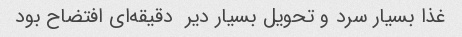
غذا بسیار سرد و تحویل بسیار دیر  دقیقه‌ای افتضاح بود